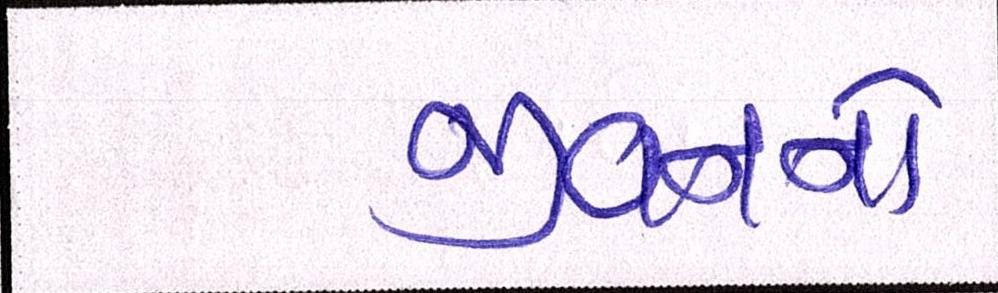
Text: જીવનનો